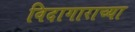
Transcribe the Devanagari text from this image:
विदागाराच्या